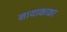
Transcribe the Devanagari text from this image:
नायाकाका